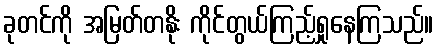
ခုတင်ကို အမြတ်တနိုး ကိုင်တွယ်ကြည့်ရှုနေကြသည်။